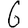
Digit: 6